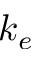
k _ { e }